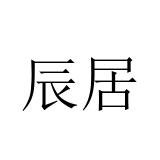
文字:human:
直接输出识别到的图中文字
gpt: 辰居